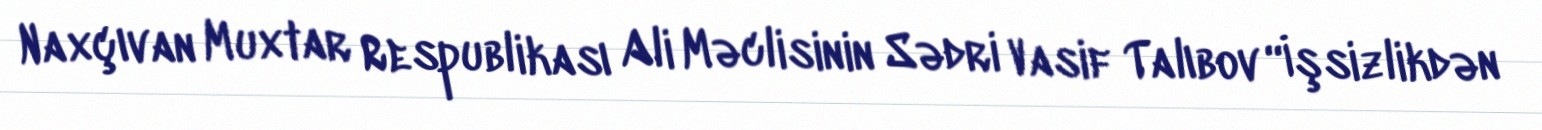
Naxçıvan Muxtar Respublikası Ali Məclisinin Sədri Vasif Talıbov “İşsizlikdən